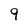
Character: 9